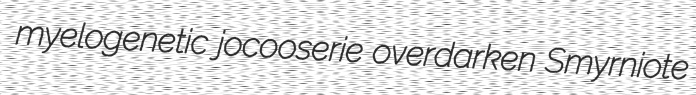
myelogenetic jocooserie overdarken Smyrniote